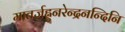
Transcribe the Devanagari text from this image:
मातर्जह्नुनरेन्द्रनन्दिनि